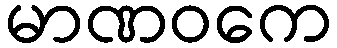
မာဏဝကေ